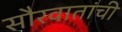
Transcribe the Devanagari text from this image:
सौरवातांची